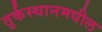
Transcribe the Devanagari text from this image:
तुर्कस्थानमधील